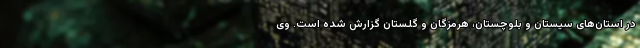
در استان‌های سیستان و بلوچستان، هرمزگان و گلستان گزارش شده است. وی